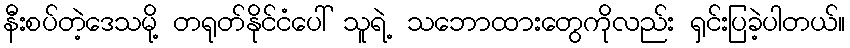
နီးစပ်တဲ့ဒေသမို့ တရုတ်နိုင်ငံပေါ် သူရဲ့ သဘောထားတွေကိုလည်း ရှင်းပြခဲ့ပါတယ်။